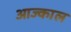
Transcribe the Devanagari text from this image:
आज्काल